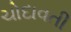
ચોદાવતી